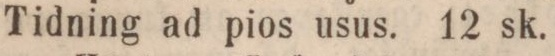
Tidning ad pios usus. 12 sk.